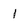
Character: 1